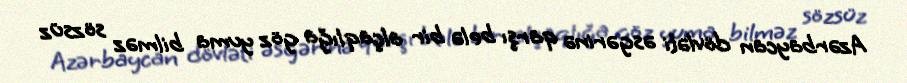
Azərbaycan dövləti əsgərinə qarşı belə bir alçaqlığa göz yuma bilməz sözsüz